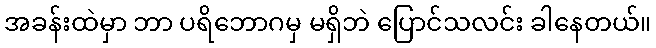
အခန်းထဲမှာ ဘာ ပရိဘောဂမှ မရှိဘဲ ပြောင်သလင်း ခါနေတယ်။